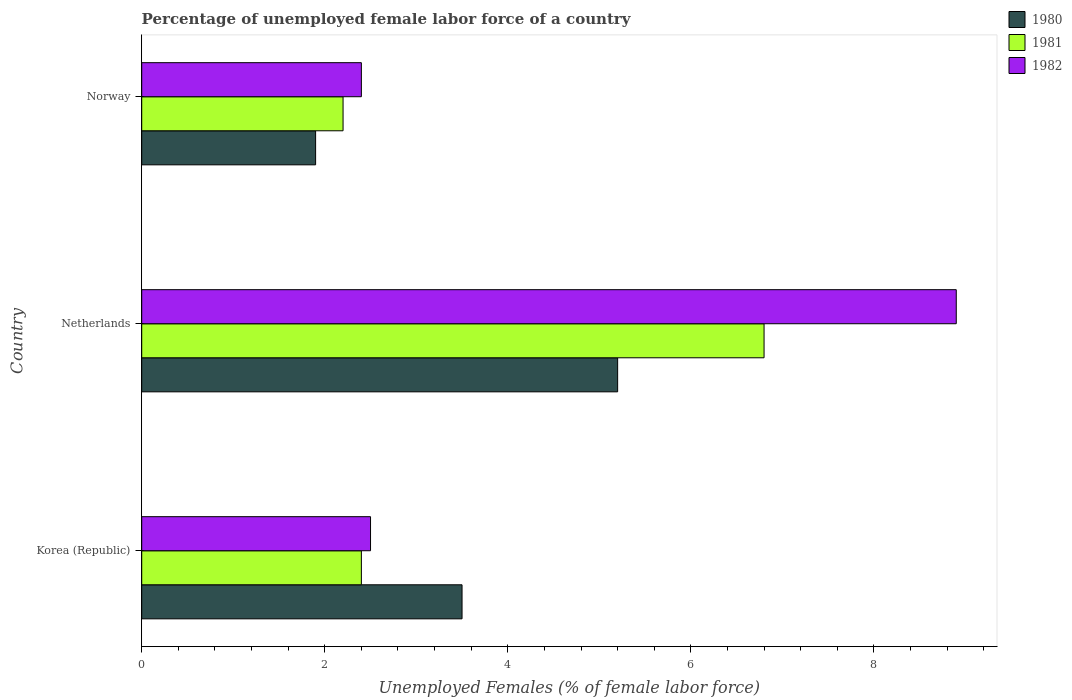
| Country | 1980 | 1981 | 1982 |
 | --- | --- | --- | --- |
 | Korea (Republic) | 3.5 | 2.4 | 2.5 |
 | Netherlands | 5.2 | 6.8 | 8.9 |
 | Norway | 1.9 | 2.2 | 2.4 |